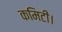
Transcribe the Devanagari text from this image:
कमिटी।